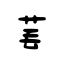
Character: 芼